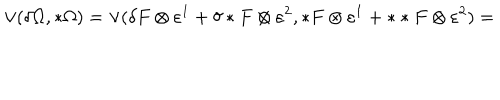
LaTeX: \vee ( \delta \Omega , * \Omega ) = \vee ( \delta F \otimes \varepsilon ^ { 1 } + \delta * F \otimes \varepsilon ^ { 2 } , * F \otimes \varepsilon ^ { 1 } + * * F \otimes \varepsilon ^ { 2 } ) =